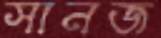
সানজ